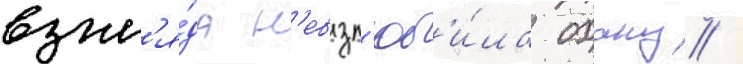
взгл'я́да н'евзл'юб'и́ла охану /